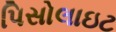
પિસોલાઇટ